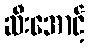
ဆီးအောင့်